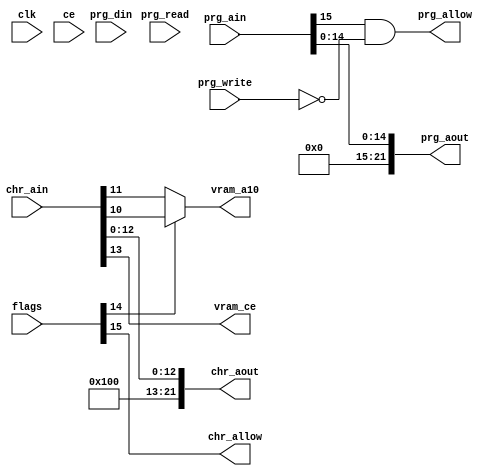
module MMC0(input clk, input ce,
            input [31:0] flags,
            input [15:0] prg_ain, output [21:0] prg_aout,
            input prg_read, prg_write,                   
            input [7:0] prg_din,
            output prg_allow,                            
            input [13:0] chr_ain, output [21:0] chr_aout,
            output chr_allow,                      
            output vram_a10,                             
            output vram_ce);                             
  assign prg_aout = {7'b00_0000_0, prg_ain[14:0]};
  assign prg_allow = prg_ain[15] && !prg_write;
  assign chr_allow = flags[15];
  assign chr_aout = {9'b10_0000_000, chr_ain[12:0]};
  assign vram_ce = chr_ain[13];
  assign vram_a10 = flags[14] ? chr_ain[10] : chr_ain[11];
endmodule